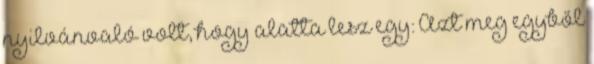
nyilvánvaló volt, hogy alatta lesz egy: Azt meg egyből